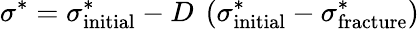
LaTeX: \sigma^{*}=\sigma_{\mathrm{{initial}}}^{*}-D~\left(\sigma_{\mathrm{{initial}}}^{*}-\sigma_{\mathrm{{fracture}}}^{*}\right)